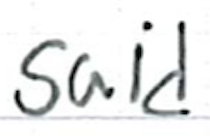
Text: said
Cross-out: clean
Writing tool: ballpoint